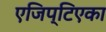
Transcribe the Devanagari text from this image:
एजिप्टिएका